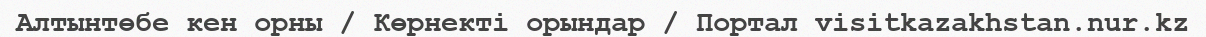
Алтынтөбе кен орны / Көрнекті орындар / Портал visitkazakhstan.nur.kz